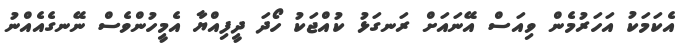
އެކަމަކު އަހަރުމެން ވިއަސް އޭނައަށް ރަނގަޅު ކުއްޖަކު ހޯދަ ދީފިއްޔާ އެމީހުންވެސް ނޭނގެއެއްނު